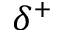
\delta ^ { + }